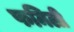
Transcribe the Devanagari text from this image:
फमिली